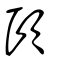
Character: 頤